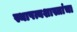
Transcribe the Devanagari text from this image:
स्थापत्यशास्त्रांचा